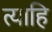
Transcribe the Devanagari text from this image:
त्याहि